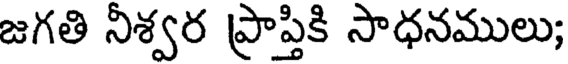
జగతి నీశ్వర ప్రాప్తికి సాధనములు;